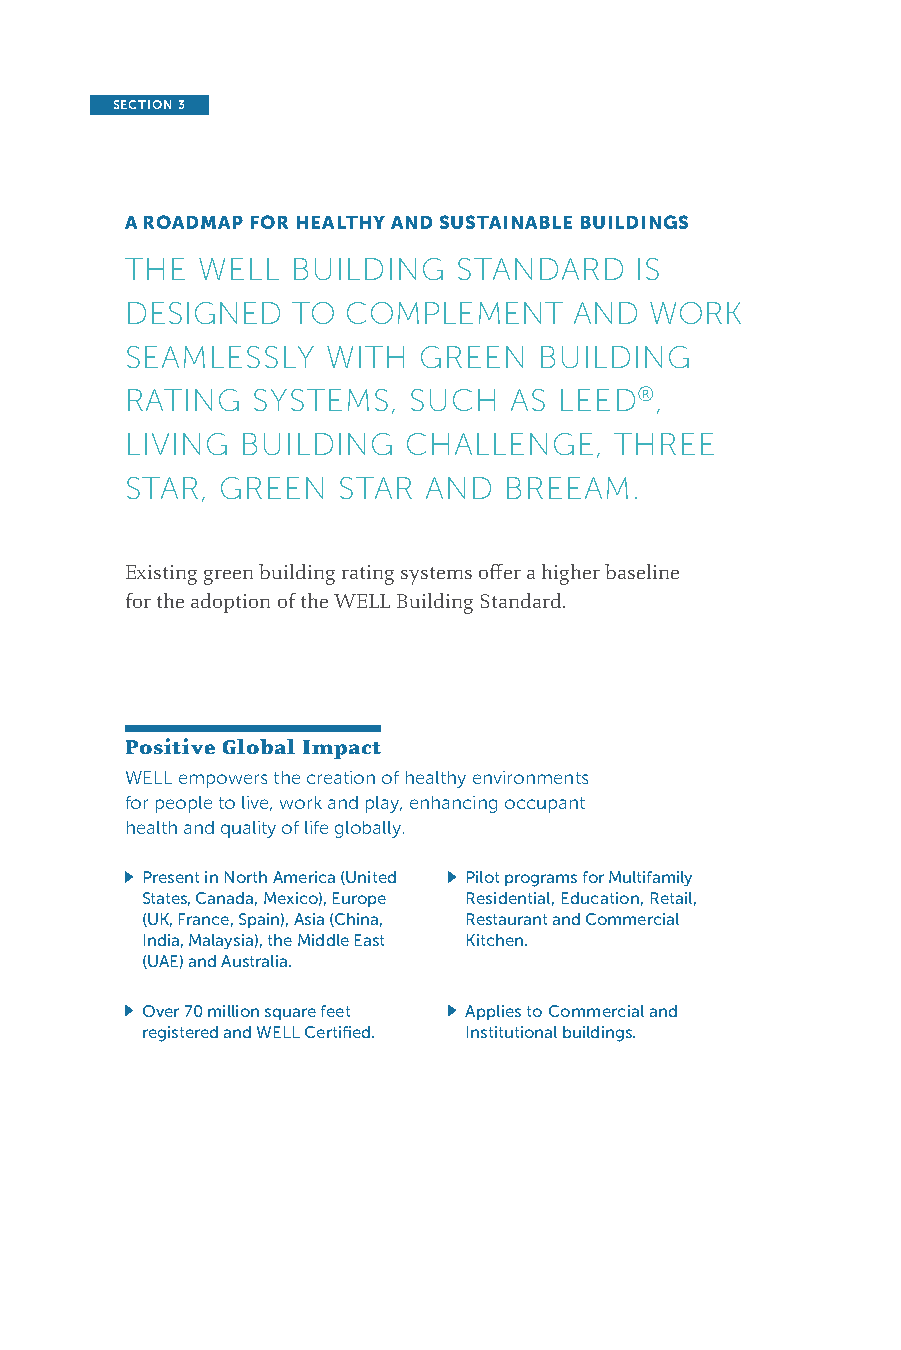
SECTION 3
 A ROADMAP FOR HEALTHY AND SUSTAINABLE BUILDINGS
 THE  WELL  BUILDING   STANDARD    IS
 DESIGNED   TO  COMPLEMENT     AND  WORK
 SEAMLESSLY    WITH  GREEN   BUILDING
 RATING   SYSTEMS,  SUCH   AS LEED®,
 LIVING  BUILDING   CHALLENGE,    THREE
 STAR,  GREEN  STAR  AND  BREEAM.
 Existing green building rating systems offer a higher baseline
 for the adoption of the WELL Building Standard.
 Positive Global Impact
 WELL empowers the creation of healthy environments
 for people to live, work and play, enhancing occupant
 health and quality of life globally.
 Present in North America (United Pilot programs for Multifamily
 States, Canada, Mexico), Europe Residential, Education, Retail,
 (UK, France, Spain), Asia (China, Restaurant and Commercial
 India, Malaysia), the Middle East Kitchen.
 (UAE) and Australia.
 Over 70 million square feet Applies to Commercial and
 registered and WELL Certified. Institutional buildings.